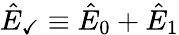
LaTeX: \hat{E}_{\checkmark}\equiv\hat{E}_{0}+\hat{E}_{1}